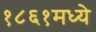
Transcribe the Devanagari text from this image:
१८६१मध्ये